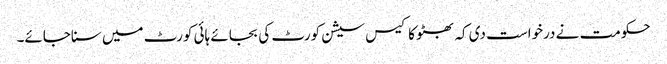
حکومت نے درخواست دی کہ بھٹو کا کیس سیشن کورٹ کی بجائے ہائی کورٹ میں سناجائے۔